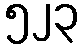
၅၂၃